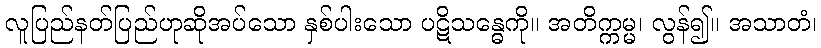
လူပြည်နတ်ပြည်ဟုဆိုအပ်သော နှစ်ပါးသော ပဋိသန္ဓေကို။ အတိက္ကမ္မ၊ လွန်၍။ အသာတံ၊